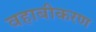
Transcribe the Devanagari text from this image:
वहाबीकरण